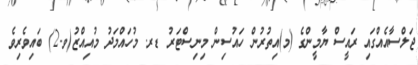
ޖަލްސާއެއްގައި ރައީސް ޔާމީންގެ (މ)އިތުރުން ހައުސިން މިނިސްޓަރު ޑރ. މުހައްމަދު މުއިއްޒު(ވ-2) ބައިވެރިވެ